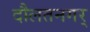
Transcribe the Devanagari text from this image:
दौलतनगर्